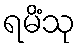
ရမိံသု